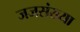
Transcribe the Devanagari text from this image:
जजसंख्या